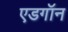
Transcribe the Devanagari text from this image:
एडगॉन